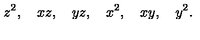
z ^ { 2 } , \quad x z , \quad y z , \quad x ^ { 2 } , \quad x y , \quad y ^ { 2 } .